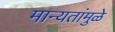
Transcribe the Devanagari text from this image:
मान्यतांमुळे